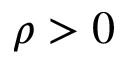
\rho > 0